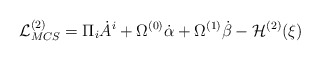
\begin{align*}{\cal L}^{(2)}_{MCS} = \Pi_i \dot A^i + \Omega^{(0)} \dot\alpha + \Omega^{(1)} \dot\beta - {\cal H}^{(2)}(\xi)\end{align*}